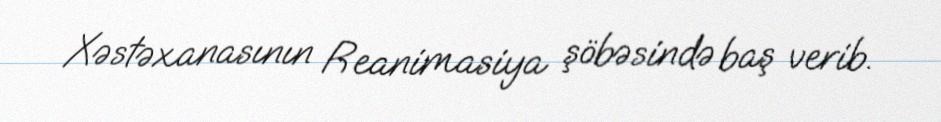
Xəstəxanasının Reanimasiya şöbəsində baş verib.